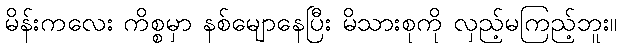
မိန်းကလေး ကိစ္စမှာ နစ်မျောနေပြီး မိသားစုကို လှည့်မကြည့်ဘူး။